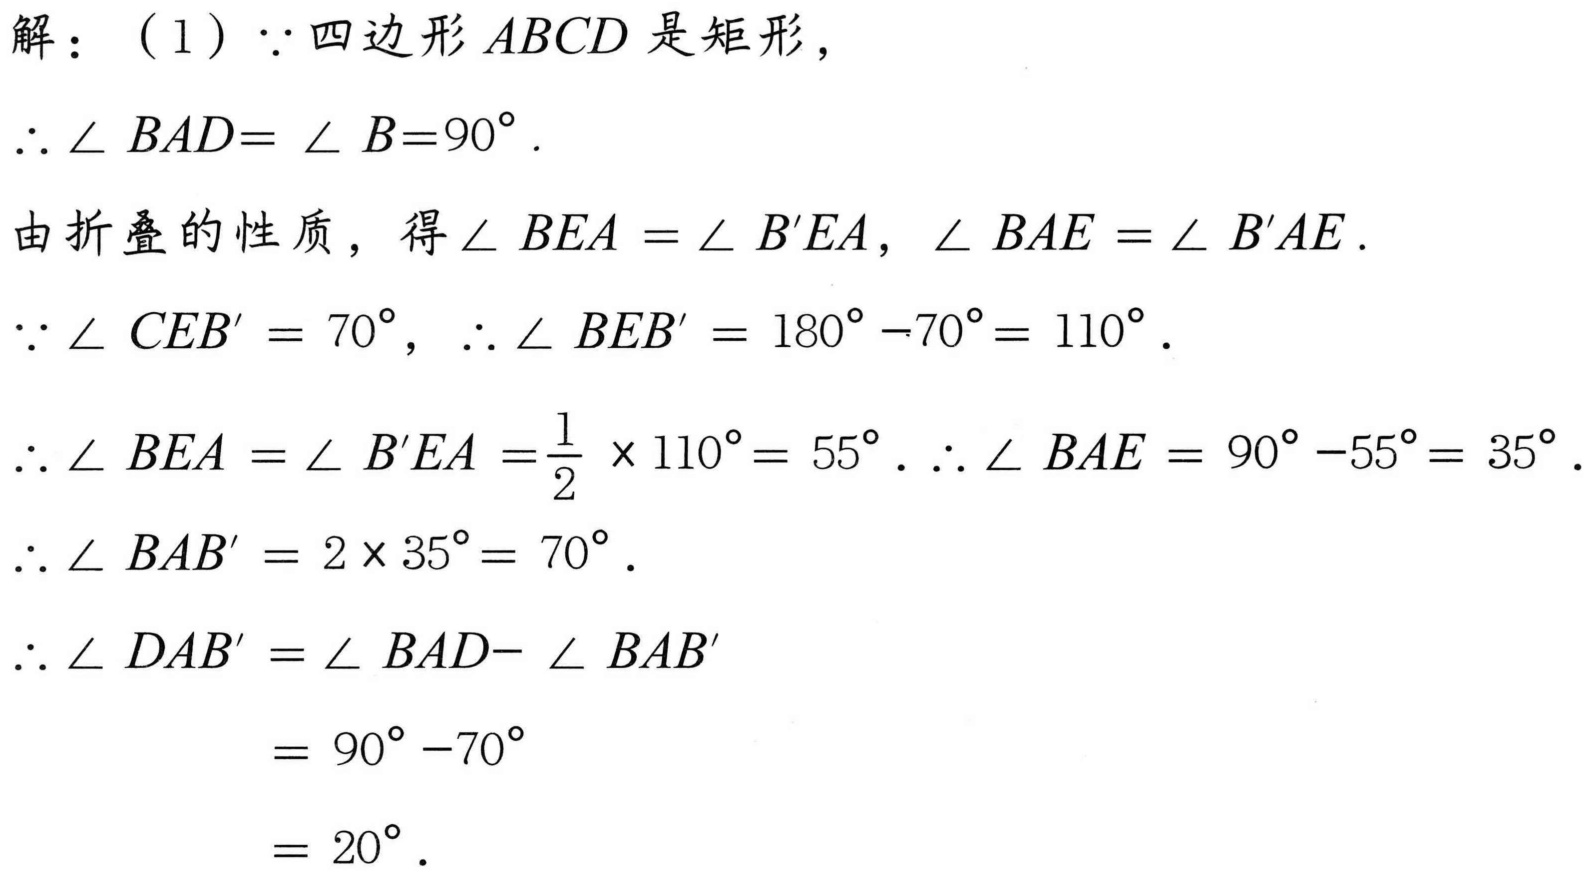
解：(1) \(\because\) 四边形\(ABCD\)是矩形，
\(\therefore\angle BAD=\angle B = 90^{\circ}\).
由折叠的性质，得\(\angle BEA=\angle B'EA\)，\(\angle BAE=\angle B'AE\).
\(\because\angle CEB' = 70^{\circ}\)，\(\therefore\angle BEB'=180^{\circ}-70^{\circ}=110^{\circ}\).
\(\therefore\angle BEA=\angle B'EA=\dfrac{1}{2}\times110^{\circ}=55^{\circ}\). \(\therefore\angle BAE=90^{\circ}-55^{\circ}=35^{\circ}\).
\(\therefore\angle BAB'=2\times35^{\circ}=70^{\circ}\).
\(\therefore\angle DAB'=\angle BAD - \angle BAB'\)
\(=90^{\circ}-70^{\circ}\)
\(=20^{\circ}\).